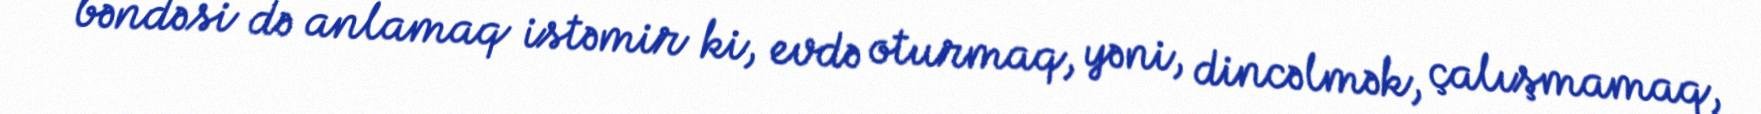
bəndəsi də anlamaq istəmir ki, evdə oturmaq, yəni, dincəlmək, çalışmamaq,